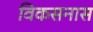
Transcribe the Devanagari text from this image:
विकसनास